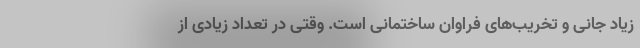
زیاد جانی و تخریب‌های فراوان ساختمانی است. وقتی در تعداد زیادی از